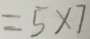
= 5 \times 7